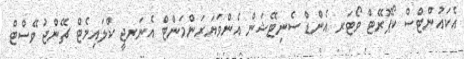
އެކައުންޓްސް ކޯޕޮރޭޓް ވޯޓަރ އެންޑް ސެނިޓޭޝަން އެންވަޔަރަންމަންޓް އެނަރޖީ ކްލައިމެޓް ޗޭންޖު ވޭސްޓް